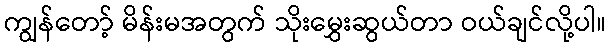
ကျွန်တော့် မိန်းမအတွက် သိုးမွှေးဆွယ်တာ ဝယ်ချင်လို့ပါ။